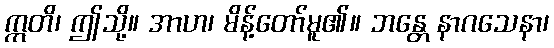
ဣတိ၊ ဤသို့။ အာဟ၊ မိန့်တော်မူ၏။ ဘန္တေ နာဂသေနာ၊